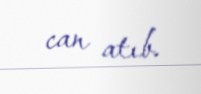
can atıb.